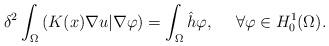
LaTeX: \begin{align*}\delta^2\int_{\Omega}\left( K(x)\nabla u|\nabla\varphi\right) =\int_{\Omega}\hat{h}\varphi,\ \ \ \ \forall \varphi\in H^1_0(\Omega).\end{align*}